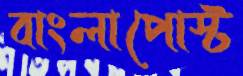
বাংলাপোস্ট